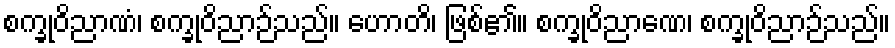
စက္ခုဝိညာဏံ၊ စက္ခုဝိညာဉ်သည်။ ဟောတိ၊ ဖြစ်၏။ စက္ခုဝိညာဏေ၊ စက္ခုဝိညာဉ်သည်။